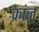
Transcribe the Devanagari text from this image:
क्रांज़